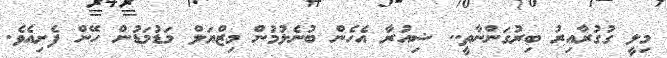
މިލީ ގުގުރާއިރު ބިރުގަންނާތީ.. ޝިއުރާ އެހެން ބުނެލުމުން މިޒްޔަލް މަޑުމަޑުން ހޭން ފެށިއެވެ.